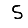
Digit: 5